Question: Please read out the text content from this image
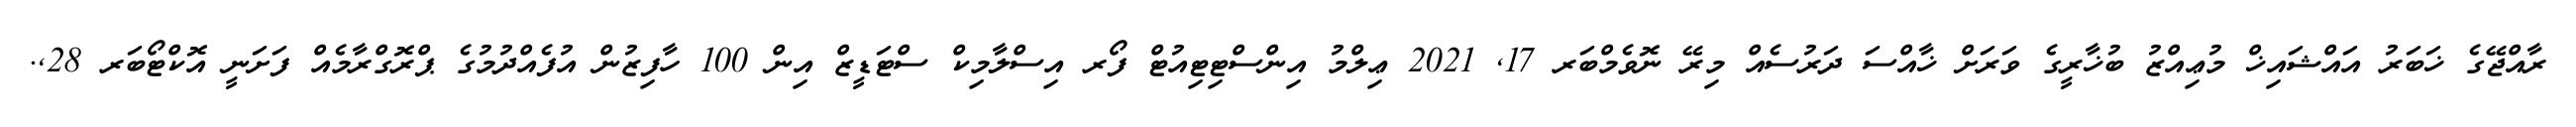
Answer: ރާއްޖޭގެ ޚަބަރު އައްޝައިޚް މުޢިއްޒު ބުޚާރީގެ ވަރަށް ޚާއްސަ ދަރުސެއް މިރޭ ނޮވެމްބަރ 17, 2021 ޢިލްމު އިންސްޓިޓިއުޓް ފޯރ އިސްލާމިކް ސްޓަޑީޒް އިން 100 ހާފިޒުން އުފެއްދުމުގެ ޕްރޮގްރާމެއް ފަށަނީ އޮކްޓޯބަރ 28,.